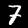
Label: 7